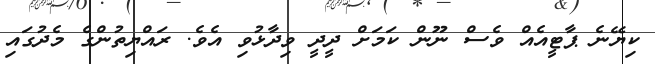
ކިޔޭނެ ޕާޓީއެއް ވެސް ނޫން ކަމަށް ދީދީ ވިދާޅުވި އެވެ. ރައްޔިތުންގެ މެދުގައި